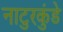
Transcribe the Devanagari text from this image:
नाटुरकुंडे